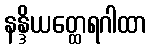
နန္ဒိယတ္ထေရဂါထာ